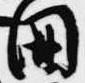
国